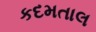
કદમતાલ